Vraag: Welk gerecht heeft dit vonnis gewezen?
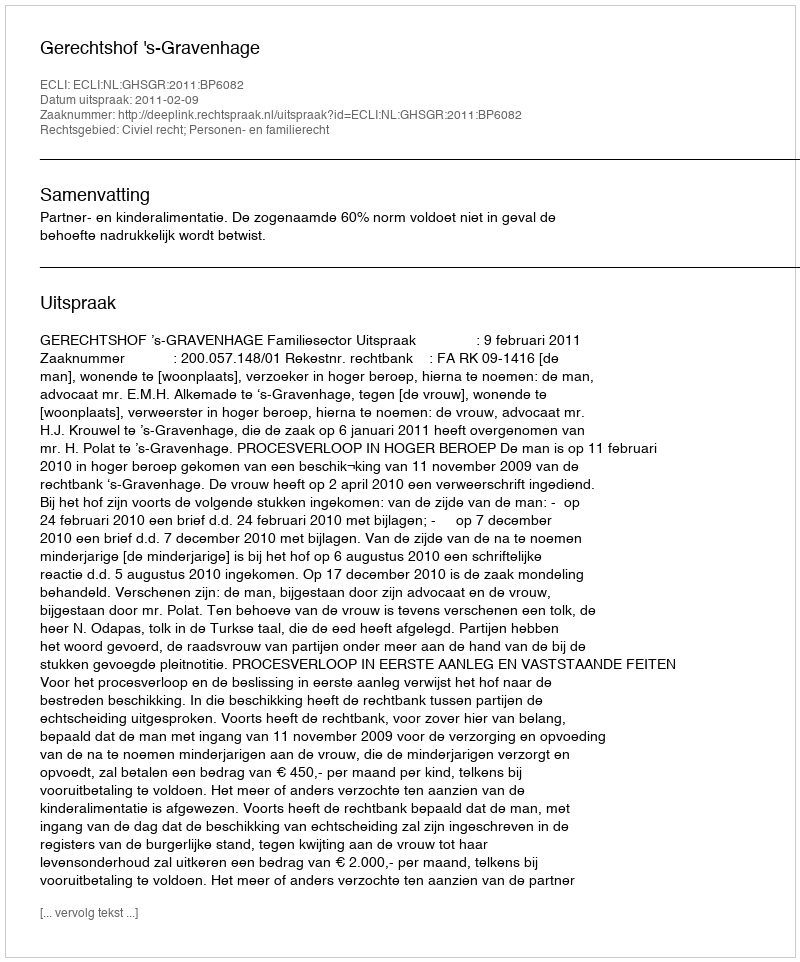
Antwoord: Gerechtshof 's-Gravenhage